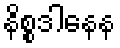
နိစ္စဒါနေန